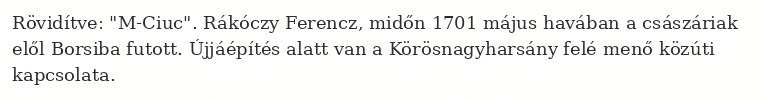
Rövidítve: "M-Ciuc". Rákóczy Ferencz, midőn 1701 május havában a császáriak elől Borsiba futott. Újjáépítés alatt van a Körösnagyharsány felé menő közúti kapcsolata.